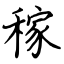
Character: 稼